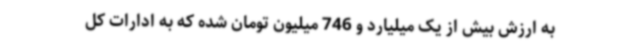
به ارزش بیش از یک میلیارد و 746 میلیون تومان شده که به ادارات کل